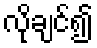
လိုချင်၍